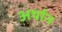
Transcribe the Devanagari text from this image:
अर्थान